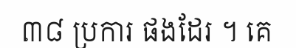
៣៨ ប្រការ ផងដែរ ។ គេ